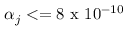
\alpha _ { j } < = 8 \mathrm { ~ x ~ } 1 0 ^ { - 1 0 }